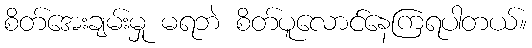
စိတ်အေးချမ်းမှု မရဘဲ စိတ်ပူလောင်နေကြရပါတယ်။